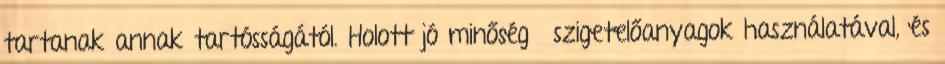
tartanak annak tartósságától. Holott jó minőségű szigetelőanyagok használatával, és